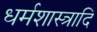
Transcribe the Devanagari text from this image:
धर्मशास्त्रादि